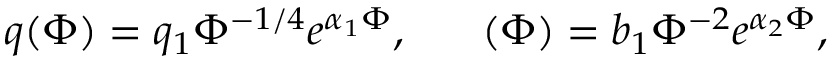
q ( \Phi ) = q _ { 1 } \Phi ^ { - 1 / 4 } e ^ { \alpha _ { 1 } \Phi } , \ \ \ \ \ \b ( \Phi ) = b _ { 1 } \Phi ^ { - 2 } e ^ { \alpha _ { 2 } \Phi } ,